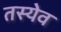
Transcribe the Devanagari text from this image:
तस्येव